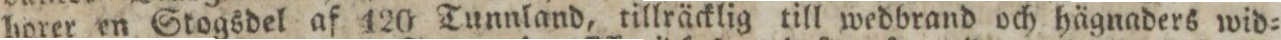
horer en Stogsdel af 120 Tunnland, tillräcklig till wedbrand och hägnaders wid=